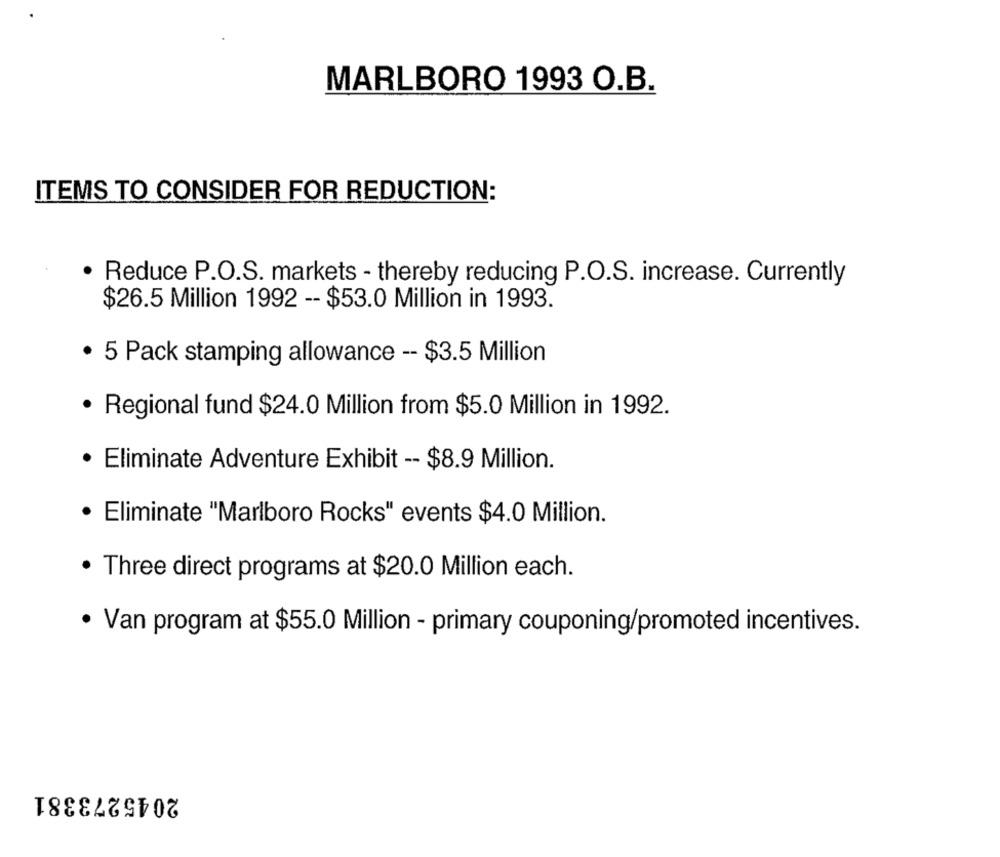
MARLBORO 1993 O.B.
ITEMS TO CONSIDER FOR REDUCTION:
· Reduce P.O.S. markets - thereby reducing P.O.S. increase. Currently
$26.5 Million 1992 -- $53.0 Million in 1993.
· 5 Pack stamping allowance -- $3.5 Million
· Regional fund $24.0 Million from $5.0 Million in 1992.
· Eliminate Adventure Exhibit -- $8.9 Million.
· Eliminate "Marlboro Rocks" events $4.0 Million.
· Three direct programs at $20.0 Million each.
· Van program at $55.0 Million - primary couponing/promoted incentives.
2045273381